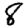
Digit: 8